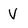
Character: V